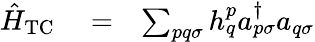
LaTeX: \begin{array}{rlr}{\hat{H}_{\mathrm{TC}}}&{{}=}&{\sum_{pq\sigma}h_{q}^{p}a_{p\sigma}^{\dagger}a_{q\sigma}}\end{array}